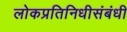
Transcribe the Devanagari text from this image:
लोकप्रतिनिधीसंबंधी